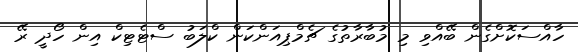
ހާއްސަކޮށްގެން ބޭއްވި މި މުބާރާތުގެ ޗެމްޕިއަންކަން ކްލަބު ސްޓެޓިކް އިން ހޯދީ ރޭ